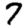
Digit: 7